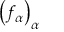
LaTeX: \left( f _ { \alpha } \right) _ { \alpha }